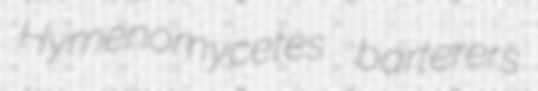
Hymenomycetes barterers